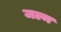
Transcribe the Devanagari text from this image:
जल्म